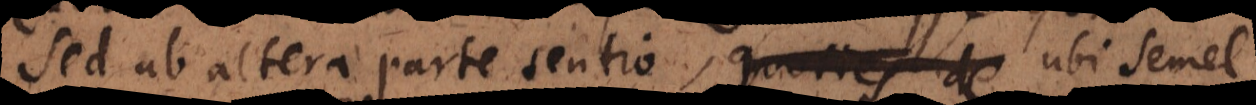
Sed ab altera parte sentio, quoties de ubi semel